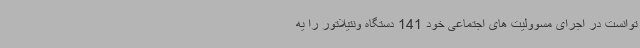
توانست در اجرای مسوولیت های اجتماعی خود 141 دستگاه ونتیلاتور را یه